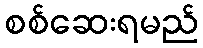
စစ်ဆေးရမည်